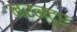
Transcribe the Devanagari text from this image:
नरन्द्र